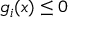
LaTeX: g _ { i } ( x ) \leq 0